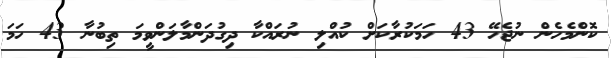
ކޮންމެހެން ނުޖެހޭ 43 ހަމަކުރާކަށް ކުއްލި ނުރައްކާ ދިގުދަންމާލަންވީމަ ތިބުނާ 43 ހަމަ